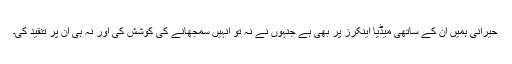
حیرانی ہمیں ان کے ساتھی میڈیا اینکرز پر بھی ہے جنہوں نے نہ تو انہیں سمجھانے کی کوشش کی اور نہ ہی ان پر تنقید کی۔